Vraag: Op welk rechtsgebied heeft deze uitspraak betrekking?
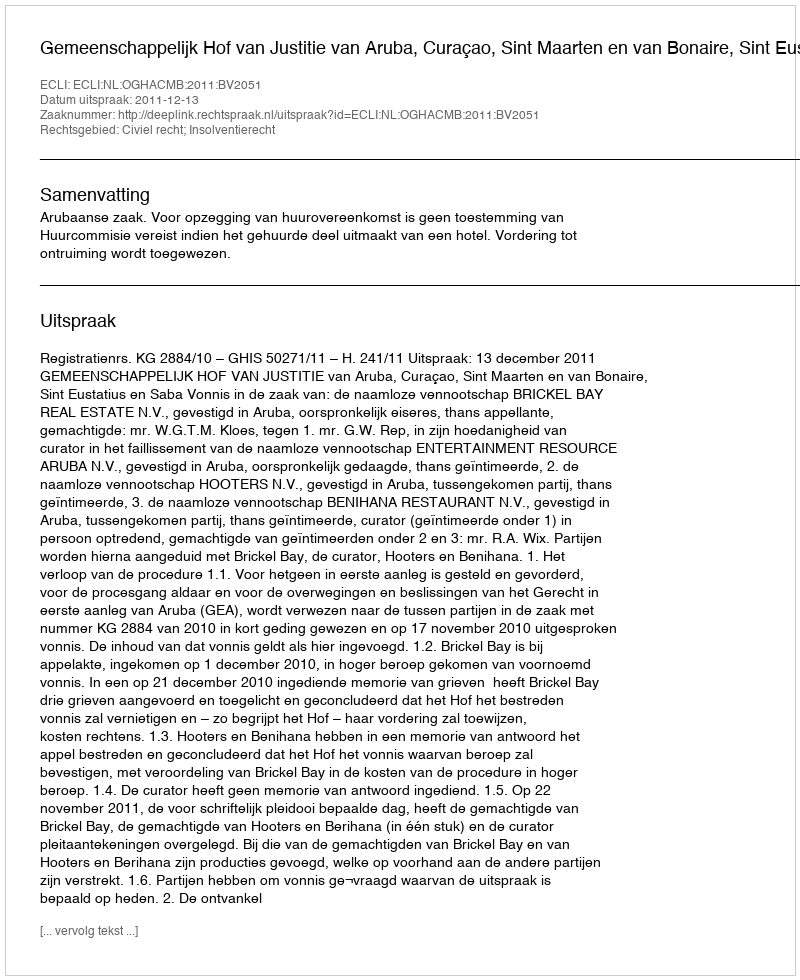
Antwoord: Civiel recht; Insolventierecht